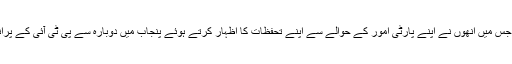
پی ٹی آئی پنجاب کے سابق صدر اعجاز چوہدری نے چند روز قبل عمران خان سے لاہور میں ملاقات کی جس میں انھوں نے اپنے پارٹی امور کے حوالے سے اپنے تحفظات کا اظہار کرتے ہوئے پنجاب میں دوبارہ سے پی ٹی آئی کے پرانے سیٹ اپ کو بحال کرنے کا مطالبہ کیا تاہم عمران خان کی جانب سے انھیں کوئی مثبت جواب نہیں ملا۔